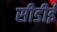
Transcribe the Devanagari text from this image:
सीडीई